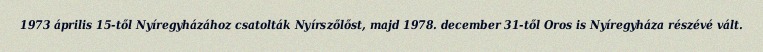
1973 április 15-től Nyíregyházához csatolták Nyírszőlőst, majd 1978. december 31-től Oros is Nyíregyháza részévé vált.